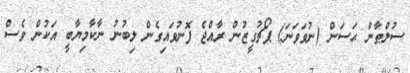
ސުލްޠާން ޙަސަން (ނުވަވަނަ) ޕޯޗުގީޒުން ރާއްޖެ ފޮނުވައިގެން ލިބުނު ނާކާމިޔާބީ އަކުން ވެސް